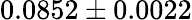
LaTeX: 0.0852\pm 0.0022